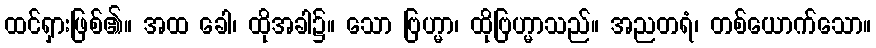
ထင်ရှားဖြစ်၏။ အထ ခေါ၊ ထိုအခါ၌။ သော ဗြဟ္မာ၊ ထိုဗြဟ္မာသည်။ အညတရံ၊ တစ်ယောက်သော။